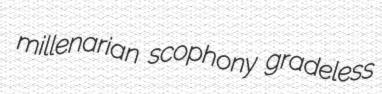
millenarian scophony gradeless